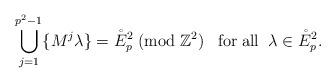
LaTeX: \begin{align*} \bigcup_{j=1}^{p^2-1}\{M^j\lambda\}=\mathring{E}_p^2\;({\rm mod}\;\mathbb{Z}^2)\;\;\;{\rm for\;all}\;\;\lambda\in \mathring{E}_p^2.\end{align*}